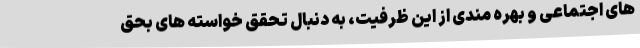
های اجتماعی و بهره مندی از این ظرفیت، به دنبال تحقق خواسته های بحق